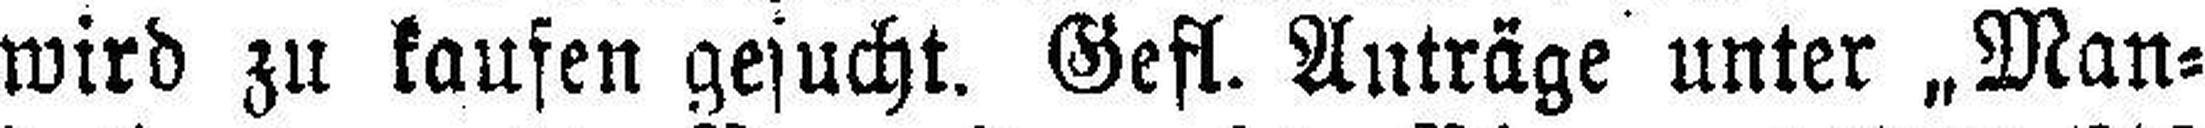
wird zu kaufen gesucht. Gefl. Anträge unter „Man¬